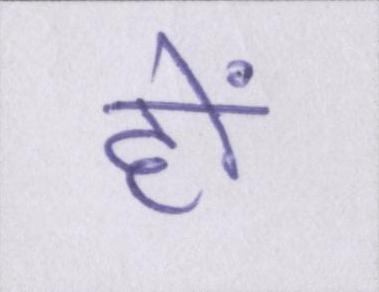
हों